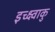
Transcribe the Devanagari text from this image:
इच्क्ष्वाकु